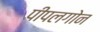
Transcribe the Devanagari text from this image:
पीपलगोन